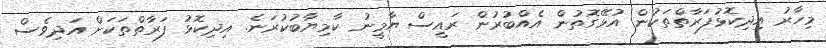
މިހާރު އިދިކޮޅުފަރާތްތަކުން އުޅޭގޮތުން އެއްބުރުން ރައީސް ޔާމީނު ކާމިޔާބުކުރަނެ. އިދިކޮޅު ފަރާތްތަކަށް އަދިވެސް